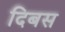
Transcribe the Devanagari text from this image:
दिबस